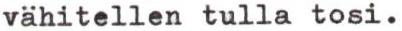
vähitellen tulla tosi.